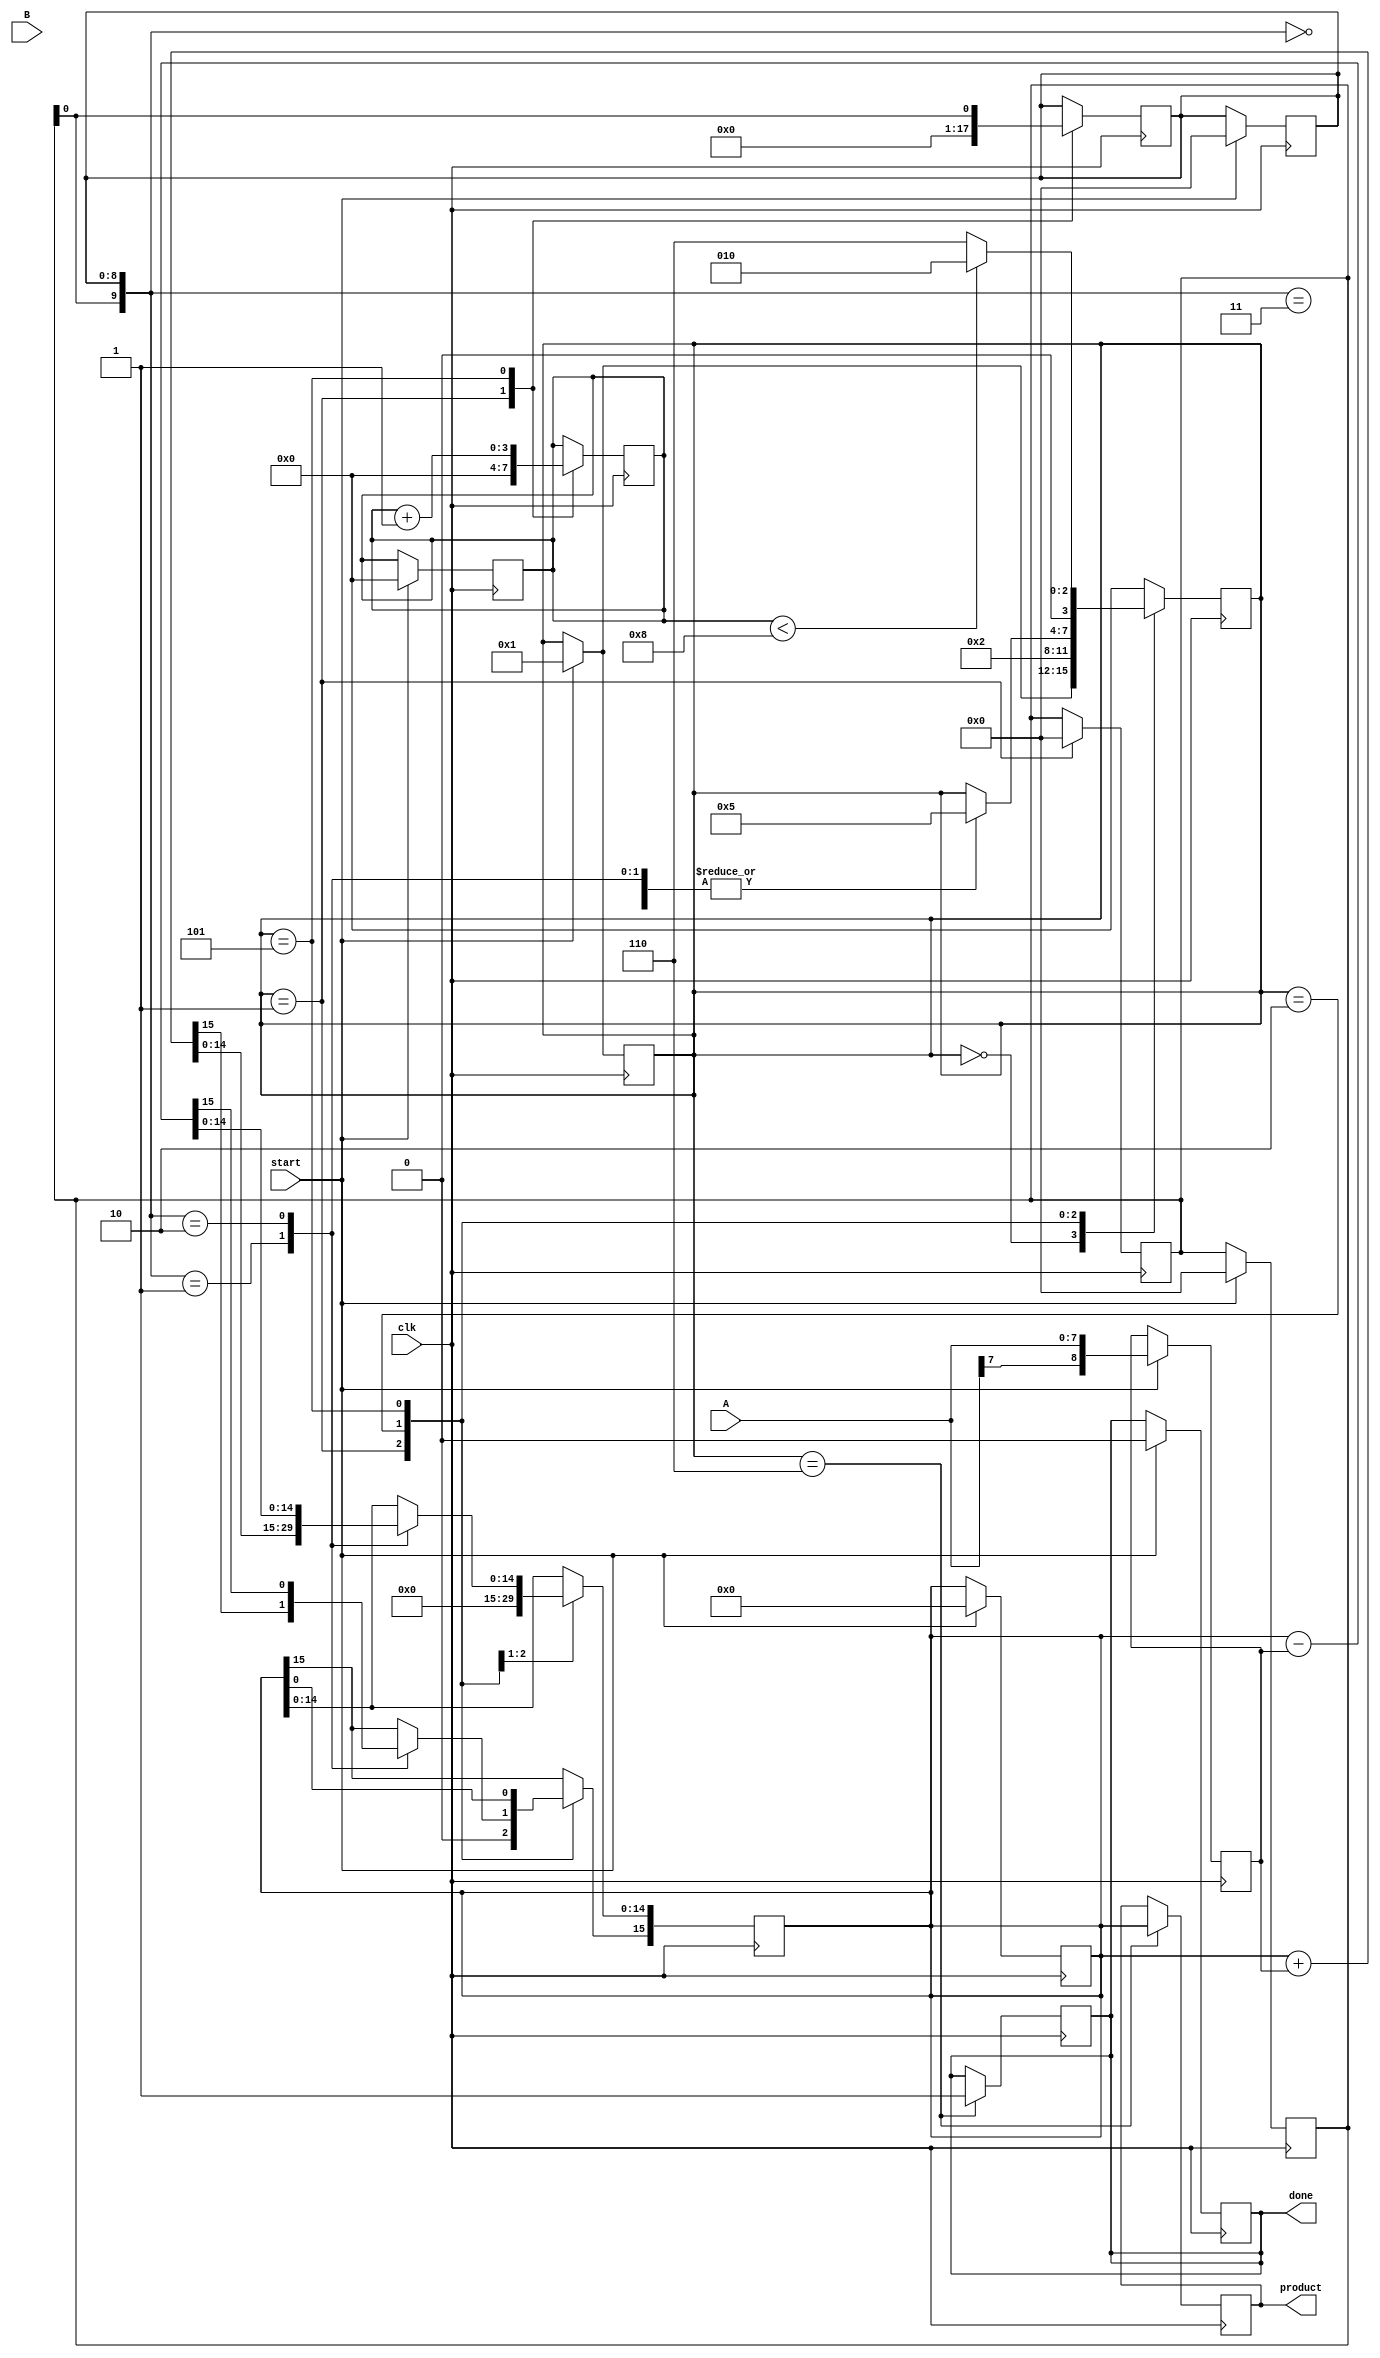
module modified_booth_multiplier #(parameter N = 8) (
    input signed [N-1:0] A, // Multiplicand
    input signed [N-1:0] B, // Multiplier
    output reg signed [2*N-1:0] product, // Product output
    input clk,
    input start,
    output reg done
);

    reg signed [N:0] A_ext; // Sign-extended multiplicand
    reg signed [N:0] B_reg; // Register for multiplier
    reg [N:0] Q; // Multiplier register
    reg [N:0] Q_1; // Previous bit of Q
    reg [2*N-1:0] P; // Accumulator for partial products
    reg [3:0] state; // State variable
    reg [3:0] count; // Count for number of bits processed

    // State encoding
    localparam IDLE = 4'b0000,
               LOAD = 4'b0001,
               BOOTH = 4'b0010,
               ADD = 4'b0011,
               SUB = 4'b0100,
               SHIFT = 4'b0101,
               DONE = 4'b0110;

    // Initial state
    initial begin
        state = IDLE;
        done = 0;
        count = 0;
        product = 0;
    end

    // Sign extension of multiplicand
    always @(posedge clk) begin
        if (start) begin
            A_ext <= {A[N-1], A}; // Sign extend A
            B_reg <= {1'b0, B}; // Extend B to N+1 bits
            Q <= 0; // Initialize Q
            Q_1 <= 0; // Initialize Q_1
            P <= 0; // Initialize product
            count <= 0; // Reset count
            state <= LOAD; // Move to LOAD state
            done <= 0; // Reset done flag
        end
    end

    // State machine for Modified Booth Multiplier
    always @(posedge clk) begin
        case (state)
            IDLE: begin
                // Wait for start signal
                if (start) state <= LOAD;
            end
            
            LOAD: begin
                // Load initial values
                Q <= 0; // Initialize Q
                Q_1 <= 0; // Initialize Q_1
                P <= 0; // Initialize product
                count <= 0; // Reset count
                state <= BOOTH; // Move to BOOTH state
            end
            
            BOOTH: begin
                // Booth's encoding logic
                case ({Q[0], Q_1})
                    2'b00: begin
                        // No operation
                        state <= SHIFT;
                    end
                    2'b01: begin
                        // Add multiplicand
                        P <= P + A_ext;
                        state <= SHIFT;
                    end
                    2'b10: begin
                        // Subtract multiplicand
                        P <= P - A_ext;
                        state <= SHIFT;
                    end
                    2'b11: begin
                        // No operation
                        state <= SHIFT;
                    end
                endcase
            end
            
            SHIFT: begin
                // Shift right operation
                {P[2*N-1], Q, Q_1} <= {P[2*N-1], P[2*N-2:0], Q, Q_1}; // Shift P and Q
                Q_1 <= Q[0]; // Update Q_1
                count <= count + 1; // Increment count
                if (count < N) begin
                    state <= BOOTH; // Continue Booth's algorithm
                end else begin
                    state <= DONE; // Move to DONE state
                end
            end
            
            DONE: begin
                // Final state
                product <= P; // Store final product
                done <= 1; // Set done flag
                state <= IDLE; // Go back to IDLE state
            end
            
            default: state <= IDLE; // Default case
        endcase
    end

endmodule